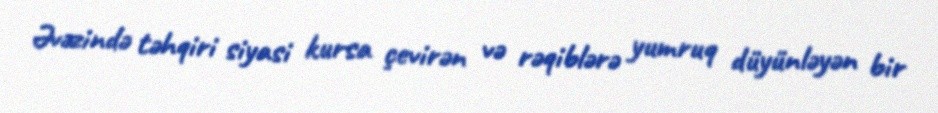
Əvəzində təhqiri siyasi kursa çevirən və rəqiblərə yumruq düyünləyən bir